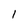
Character: 1